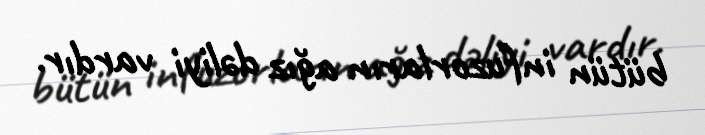
bütün infuzorların ağız dəliyi vardır.